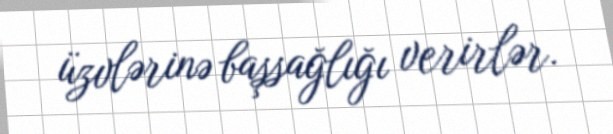
üzvlərinə başsağlığı verirlər.